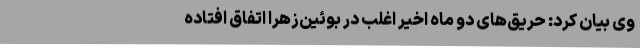
وی بیان کرد: حریق‌های دو ماه اخیر اغلب در بوئین‌زهرا اتفاق افتاده